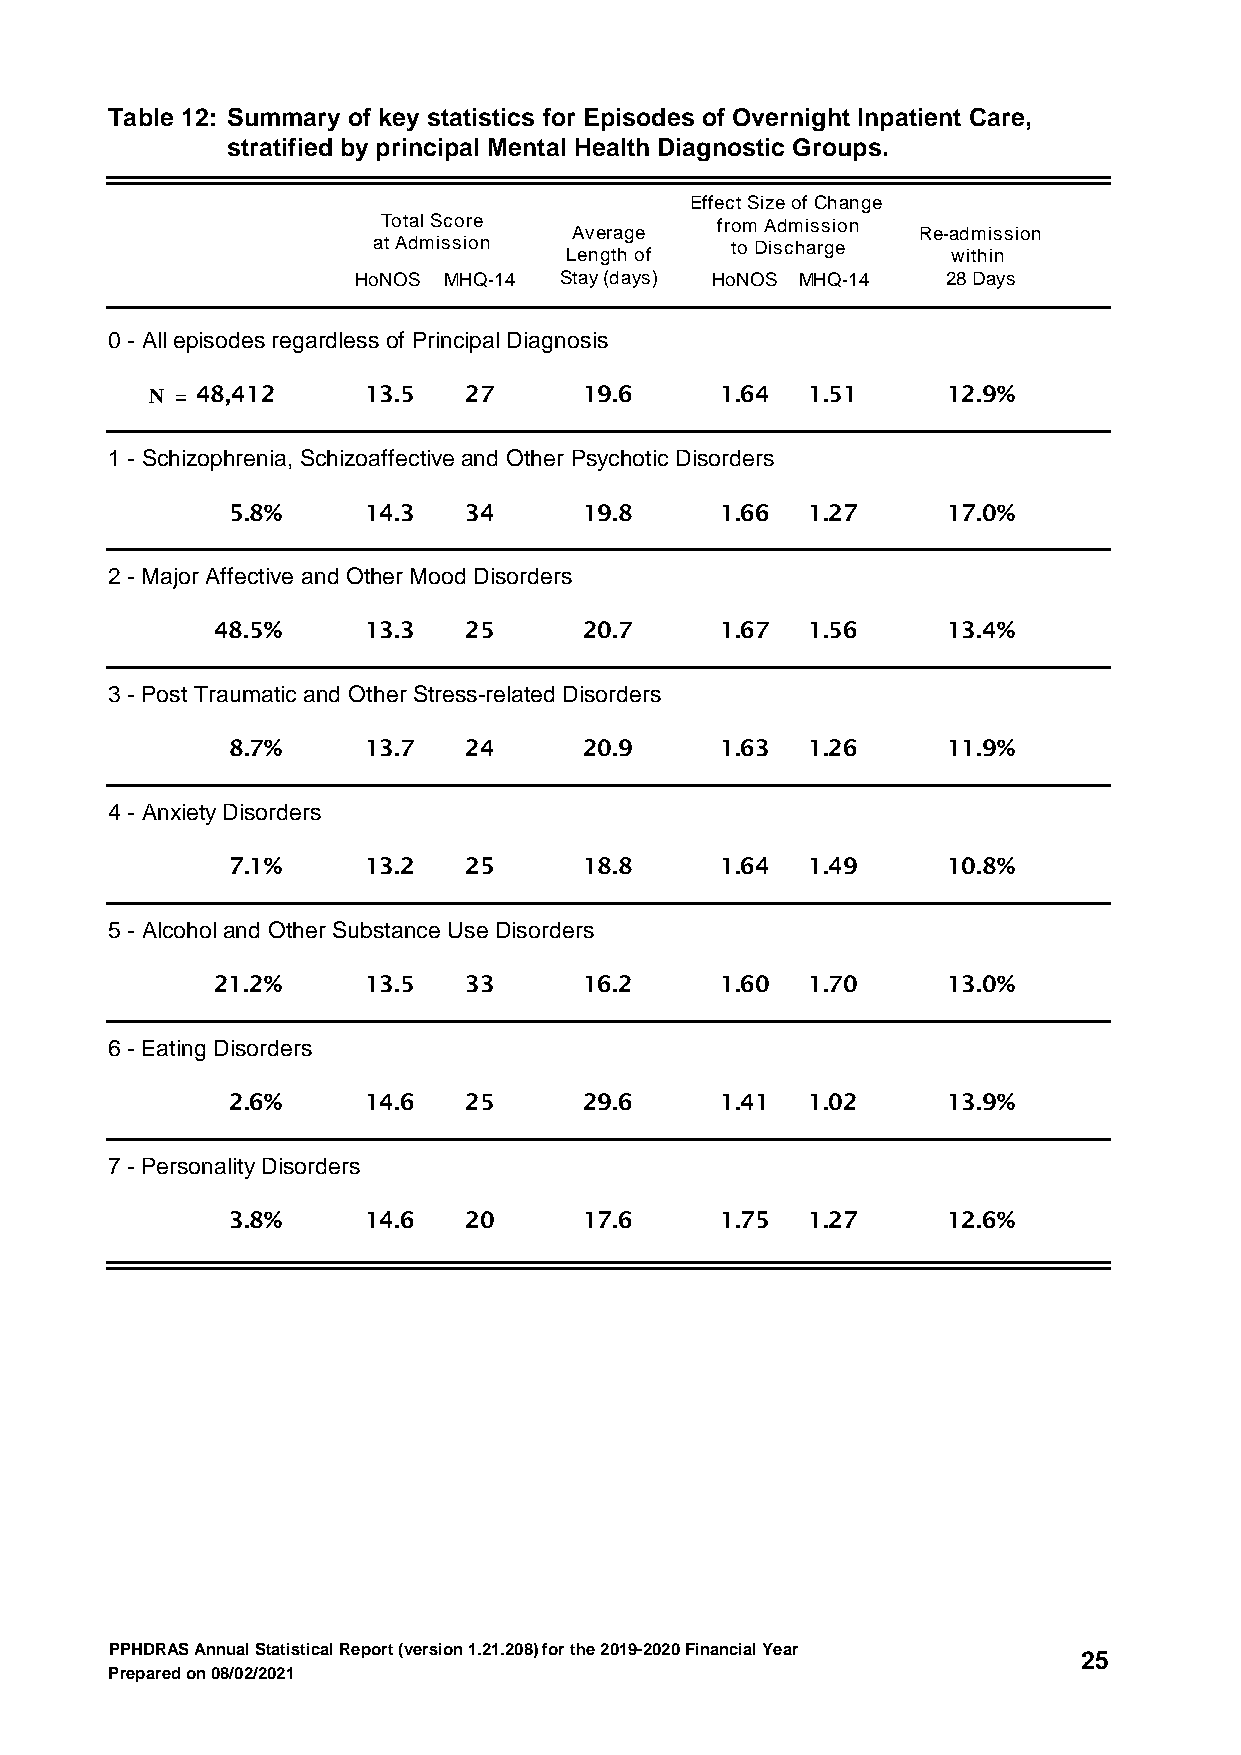
Table 12: Summary of key statistics for Episodes of Overnight Inpatient Care,
 stratified by principal Mental Health Diagnostic Groups.
 Effect Size of Change
 Total Score           from Admission
 Average                Re-admission
 at Admission           to Discharge
 Length of                 within
 HoNOS MHQ-14  Stay (days) HoNOS MHQ-14  28 Days
 0 - All episodes regardless of Principal Diagnosis
 N = 48,412    13.5   27      19.6     1.64 1.51      12.9%
 1 - Schizophrenia, Schizoaffective and Other Psychotic Disorders
 5.8%     14.3   34      19.8     1.66 1.27      17.0%
 2 - Major Affective and Other Mood Disorders
 48.5%     13.3   25      20.7     1.67 1.56      13.4%
 3 - Post Traumatic and Other Stress-related Disorders
 8.7%     13.7   24      20.9     1.63 1.26      11.9%
 4 - Anxiety Disorders
 7.1%     13.2   25      18.8     1.64 1.49      10.8%
 5 - Alcohol and Other Substance Use Disorders
 21.2%     13.5   33      16.2     1.60 1.70      13.0%
 6 - Eating Disorders
 2.6%     14.6   25      29.6     1.41 1.02      13.9%
 7 - Personality Disorders
 3.8%     14.6   20      17.6     1.75 1.27      12.6%
 PPHDRAS Annual Statistical Report (version 1.21.208) for the 2019-2020 Financial Year
 25
 Prepared on 08/02/2021